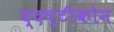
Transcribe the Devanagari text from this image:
द्दष्टीकोन